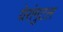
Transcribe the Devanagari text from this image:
येरांगुटल